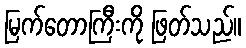
မြက်တောကြီးကို ဖြတ်သည်။